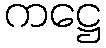
ကဋ္ဌေ